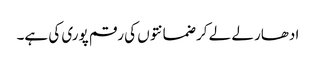
ادھار لے لے کر ضمانتوں کی رقم پوری کی ہے۔